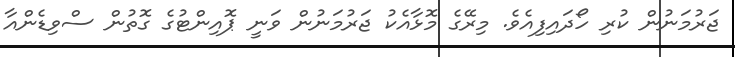
ޖަރުމަނުން ކުރި ހޯދައިފިއެވެ. މިރޭގެ މޮޅާއެކު ޖަރުމަނުން ވަނީ ޕޮއިންޓުގެ ގޮތުން ސްވިޑެންއާ